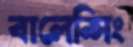
বালেন্সিং